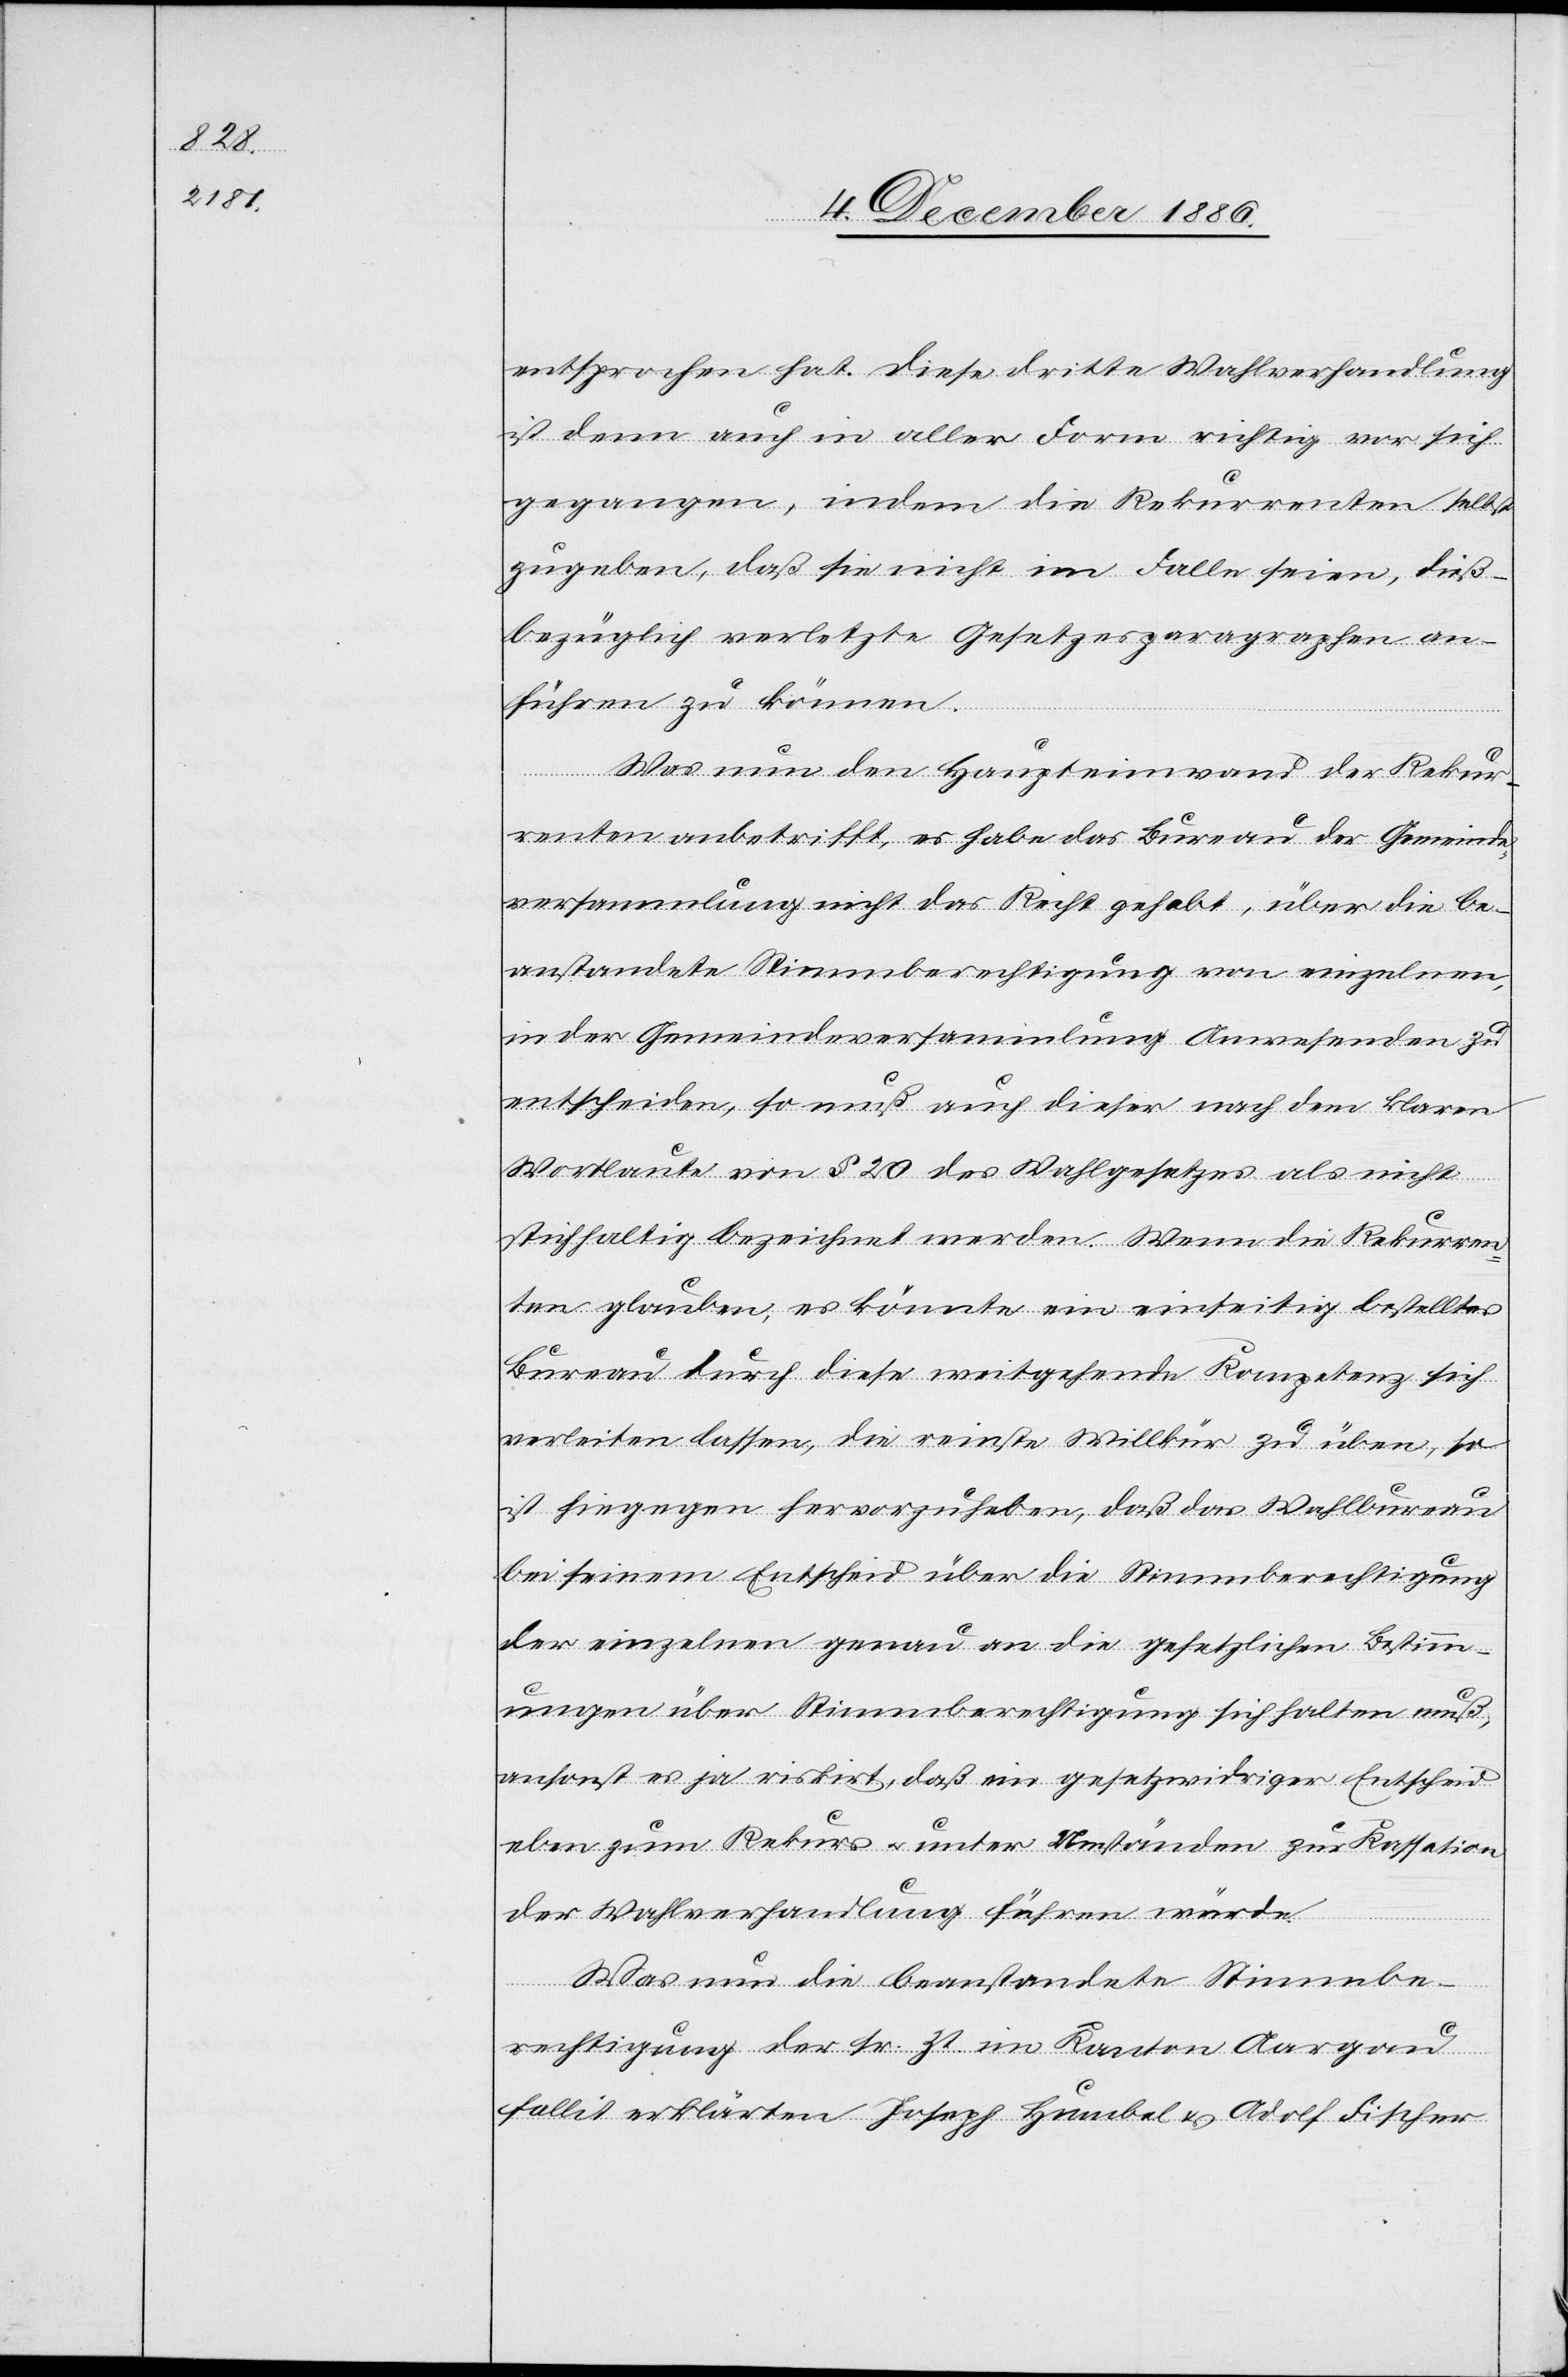
entsprochen hat. Diese dritte Wahlverhandlung
ist denn auch in aller Form richtig vor sich
gegangen, indem die Rekurrenten selbst
zugeben, daß sie nicht im Falle seien, dieß¬
bezüglich verletzte Gesetzesparagraphen an¬
führen zu können.
Was nun den Haupteinwand der Rekur¬
renten anbetrifft, es habe das Bureau der Gemeinde¬
versammlung nicht das Recht gehabt, über die be¬
anstandete Stimmberechtigung von einzelnen,
in der Gemeindeversammlung Anwesenden zu
entscheiden, so muß auch dieser nach dem klaren
Wortlaute von § 20 des Wahlgesetzes als nicht
stichhaltig bezeichnet werden. Wenn die Rekurren¬
ten glauben, es könnte ein einseitig bestelltes
Bureau durch diese weitgehende Kompetenz sich
verleiten lassen, die reinste Willkür zu üben, so
ist hiegegen hervorzuheben, daß das Wahlbureau
bei seinem Entscheid über die Stimmberechtigung
der einzelnen genau an die gesetzlichen Bestimm¬
ungen über Stimmberechtigung sich halten muß,
ansonst es ja riskirt, daß ein gesetzwidriger Entscheid
eben zum Rekurs & unter Umständen zur Kassation
der Wahlverhandlung führen würde.
Was nun die beanstandete Stimmbe¬
rechtigung der sr. Zt. im Kanton Aargau
fallit erklärten Joseph Humbel & Adolf Fischer